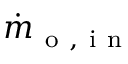
\dot { m } _ { \mathrm { ~ o ~ , ~ i ~ n ~ } }